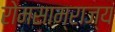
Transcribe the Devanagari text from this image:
रोमसाम्राज्य